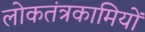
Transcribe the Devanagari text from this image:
लोकतंत्रकामियों